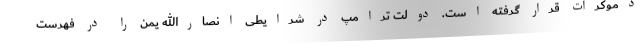
دموکرات قرار گرفته است. دولت ترامپ در شرایطی انصارالله یمن را در فهرست